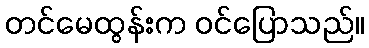
တင်မေထွန်းက ဝင်ပြောသည်။